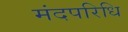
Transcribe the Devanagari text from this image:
मंदपरिधि